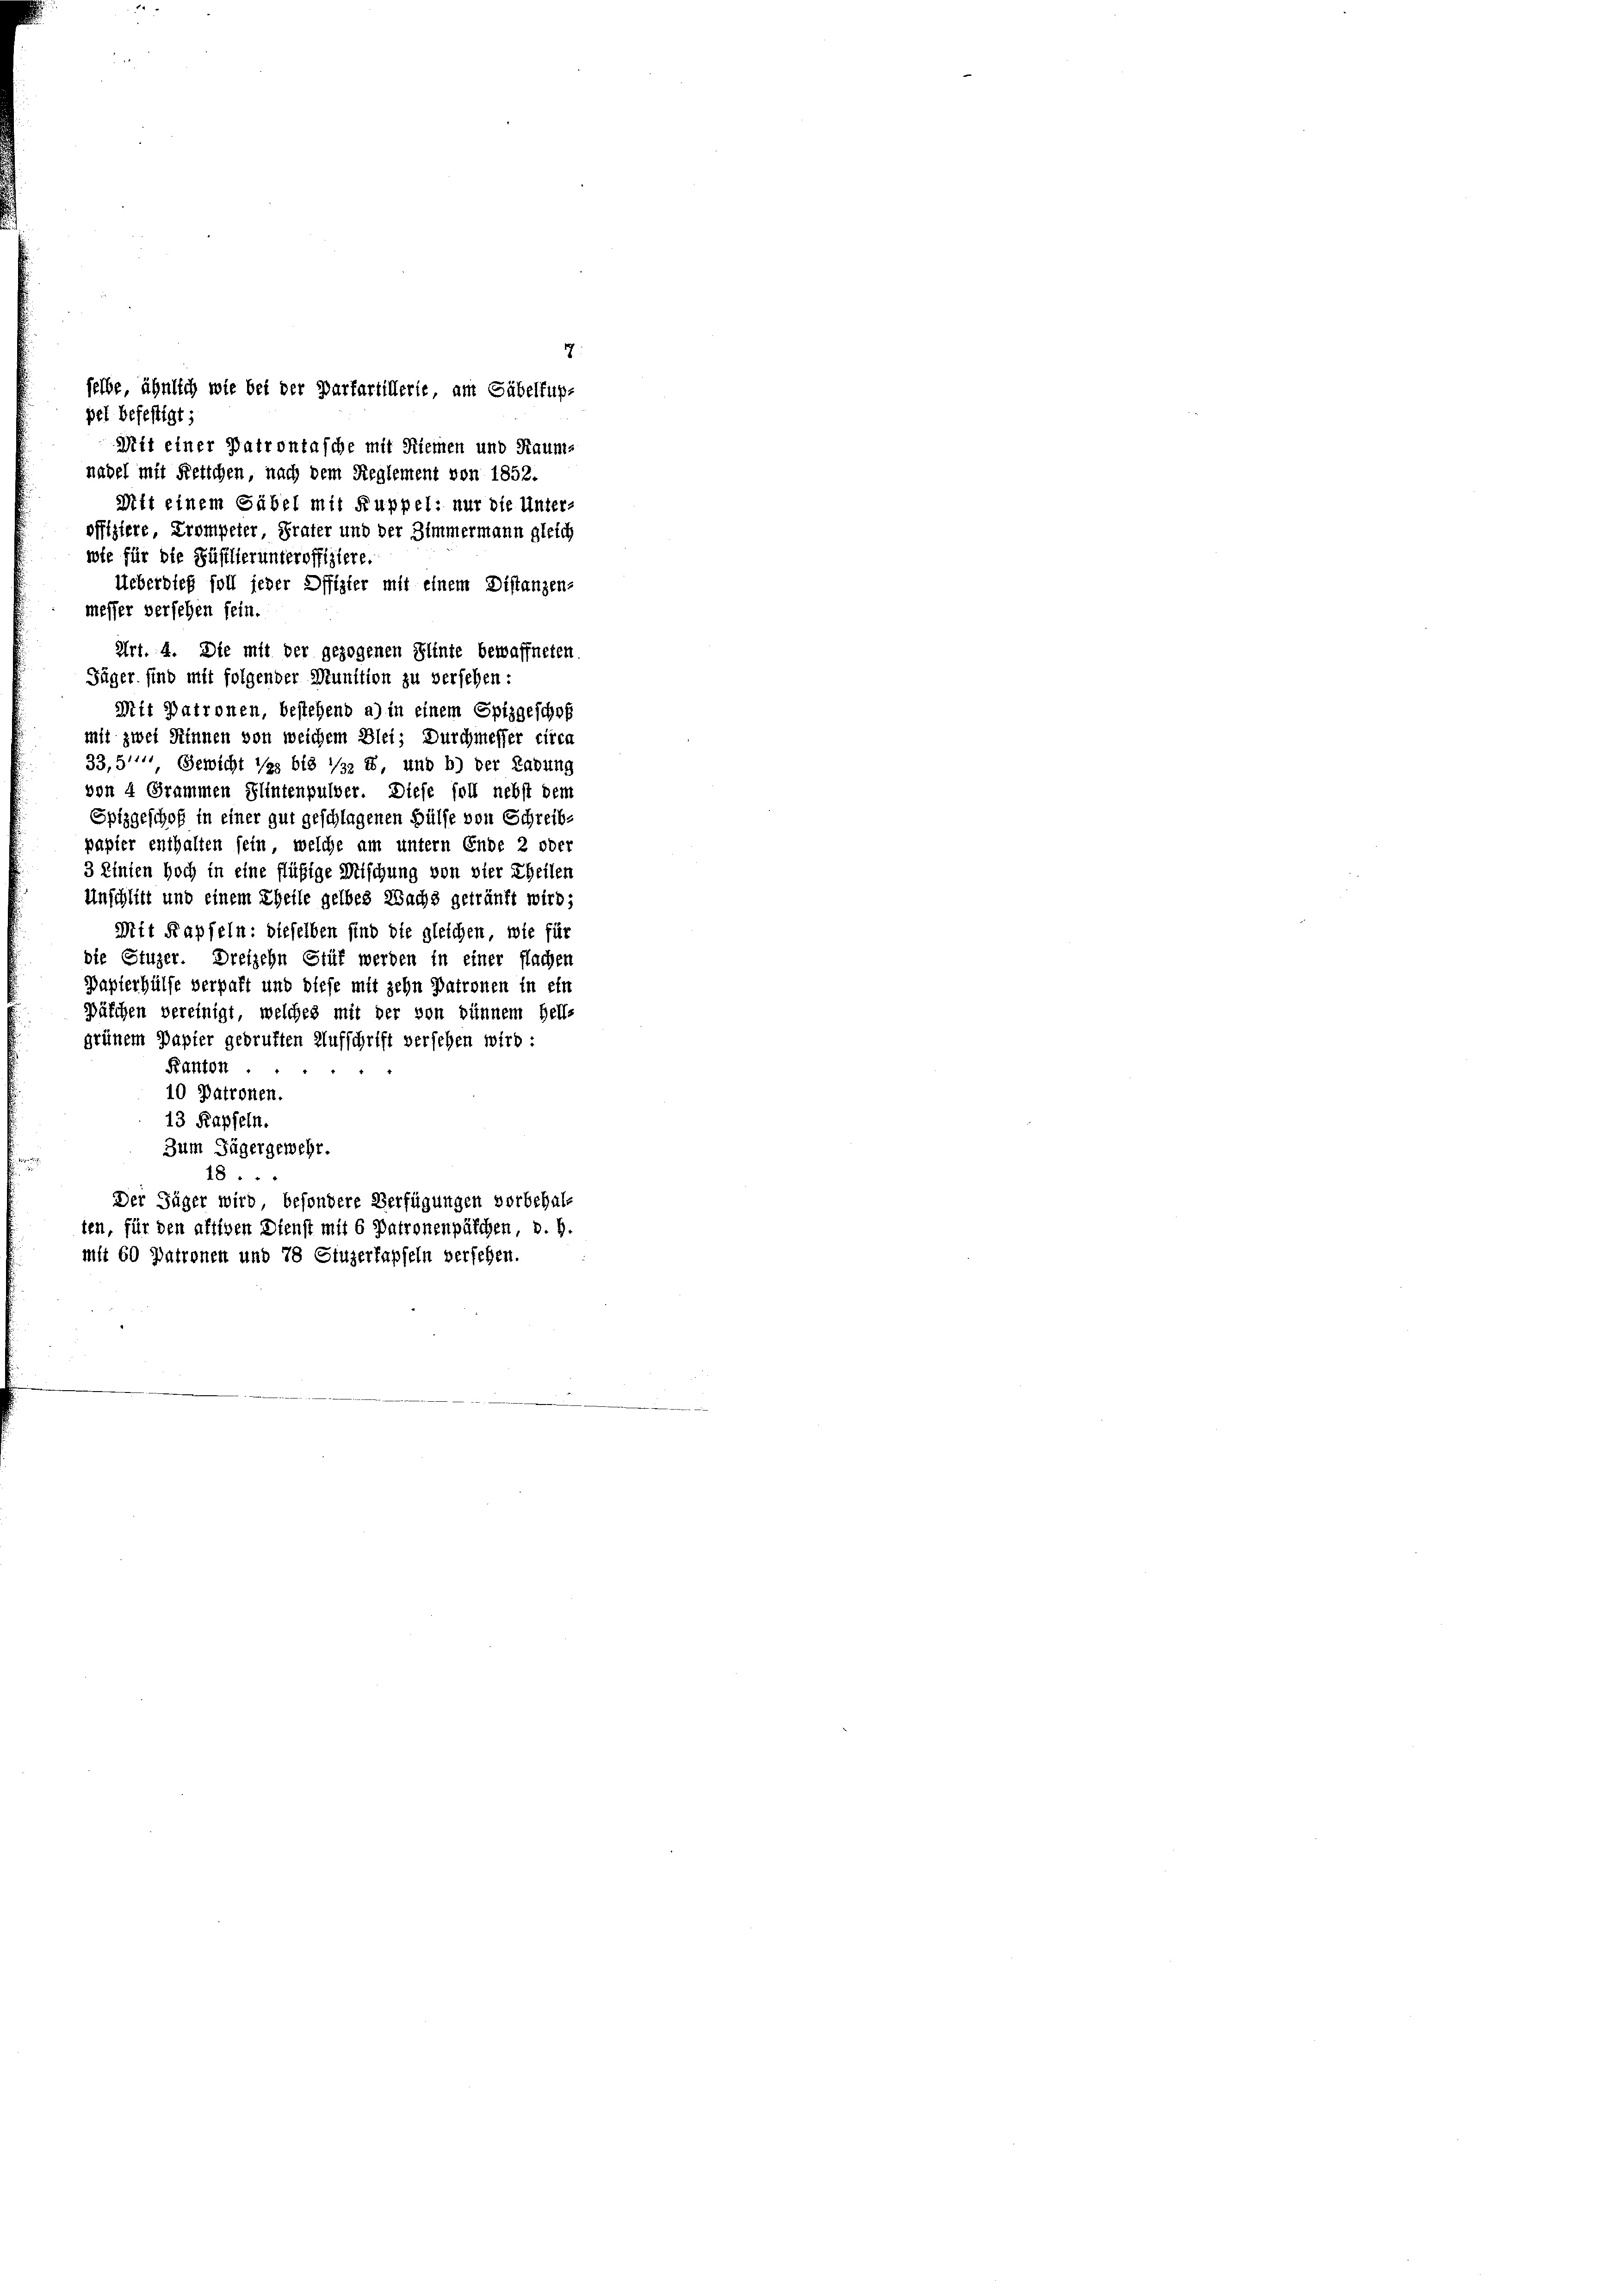
selbe, ähnlich wie bei der Darfartillerie, am Säbelfup-
pel befestigt;
Mit einer Patrontasche mit Riemen und Raum-
nadel mit Fettchen, nach dem Reglement von 1852.
Mit einem Säbel mit Ruppel: nur die Unter-

offiziere, Trompeter, Präter und der Zimmermann gleich
wie für die Füsilierunteroffiziere.
Ueberdieß soll jeder Offizier mit einem Distanzen-
messer versehen sein.
Jäger sind mit folgender Munition zu versehen:
Mit Patronen, bestehend a) in einem Spizgeschof
mit zwei Sinnen von welchem Blei; Durchmesser circa
33,51 Gewicht das bis 1/3 t, und b) der Labung
von 4 Grammen Flintenpulver. Diese soll nebst dem
Spizgeschof in einer gut geschlagenen Hülfe von Schreib-
papier enthalten sein, welche am untern Ende 2 oder
3 Einten hoch in eine flüßige Mischung von vier Theilen
Unschlitt und einem Theile gelbes Wachs getränkt wird;
Mit Kapfeln: dieselben sind die gleichen wie für
die Stuzer. Dreizehn Stüf werden in einer flachen
Papierhülfe verpaßt und diese mit zehn Patronen in ein
Päschen vereinigt, welches mit der von dünnem Hell-
grünem Papier gebrüften Aufschrift versehen wird:
Kanton
10 Patronen.
13 Kapfeln.
Zum Jägergewehr.
18 ..
Der Jäger wird, besondere Verfügungen vorbehalt
ten, für den affigen Dienst mit 6 Patronenpäschen, d. h.
mit 60 Patronen und 78 Stuzerlapfeln versehen.

Art. 4. Die mit der gezogenen Flinte bewaffneten

7